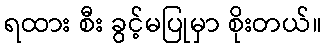
ရထား စီး ခွင့်မပြုမှာ စိုးတယ်။